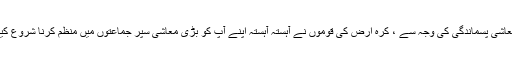
معاشی پسماندگی کی وجہ سے ، کرہ ارض کی قوموں نے آہستہ آہستہ اپنے آپ کو بڑی معاشی سپر جماعتوں میں منظم کرنا شروع کیا۔